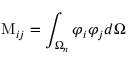
\mathrm { M } _ { i j } = \int _ { \Omega _ { n } } \varphi _ { i } \varphi _ { j } d \Omega